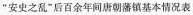
”安史之乱”后百余年间唐朝藩镇基本情况表